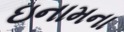
ઇનામના